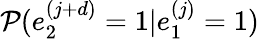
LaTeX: \mathcal{P}(e_{2}^{(j+d)}=1|e_{1}^{(j)}=1)